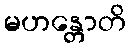
မဟန္တောတိ